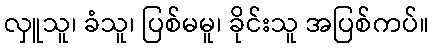
လှူသူ၊ ခံသူ၊ ပြစ်မမူ၊ ခိုင်းသူ အပြစ်ကပ်။